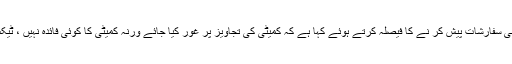
جب کہ دوسری جانب قومی ا سمبلی کی قائمہ کمیٹی برائے خزانہ نے بجٹ میں اپنی سفارشات پیش کر نے کا فیصلہ کرتے ہوئے کہا ہے کہ کمیٹی کی تجاویز پر غور کیا جائے ورنہ کمیٹی کا کوئی فائدہ نہیں ، ٹیکس ایمنسٹی اسکیم پر اگر کمیٹی کو اعتماد پر لیا جاتا تو کابینہ میں مسائل نہ ہوتے ۔